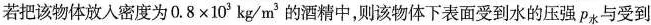
若把该物体放入密度为$$0.8\times 10^{3}kg/m^{3}$$的酒精中，则该物体下表面受到水的压强p_{水}与受到